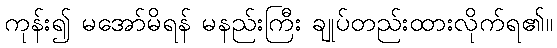
ကုန်း၍ မအော်မိရန် မနည်းကြီး ချုပ်တည်းထားလိုက်ရ၏။